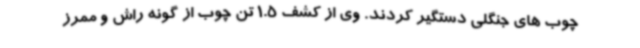
چوب های جنگلی دستگیر کردند. وی از کشف 1.5 تن چوب از گونه راش و ممرز